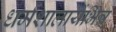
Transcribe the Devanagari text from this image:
धर्मशालायेंभिन्न